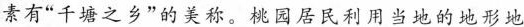
素有”千塘之乡”的美称。桃园居民利用当地的地形地